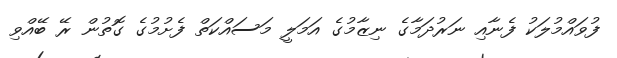
ފުވައްމުލަކު ފެނާއި ނަރުދަމާގެ ނިޒާމުގެ އަމަލީ މަސައްކަތް ފެށުމުގެ ގޮތުން ރޭ ބޭއްވި